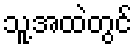
သူ့အထဲတွင်